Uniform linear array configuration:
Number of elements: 24
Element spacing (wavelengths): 0.25
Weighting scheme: hann
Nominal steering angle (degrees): -60
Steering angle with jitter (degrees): -61.096
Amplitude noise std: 0.05
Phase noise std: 0.05

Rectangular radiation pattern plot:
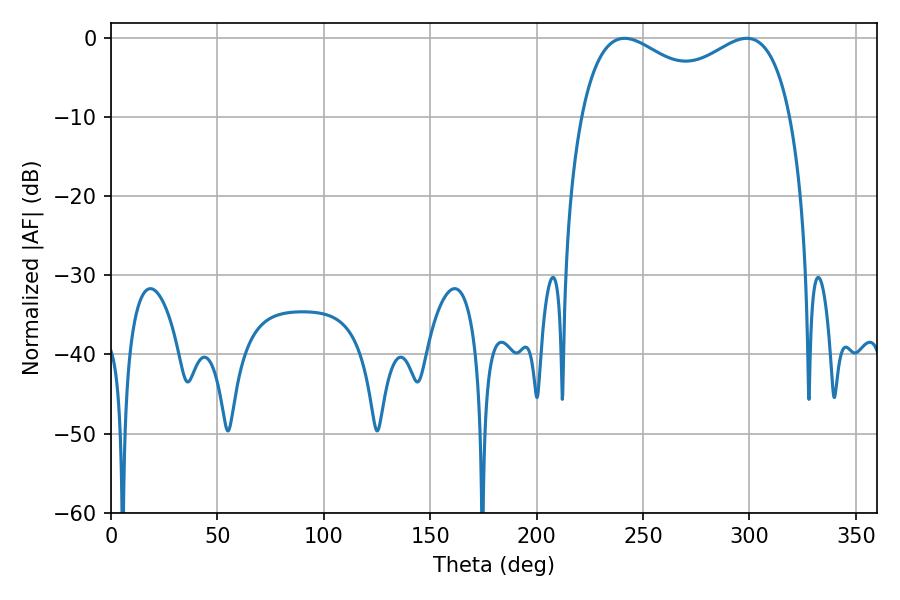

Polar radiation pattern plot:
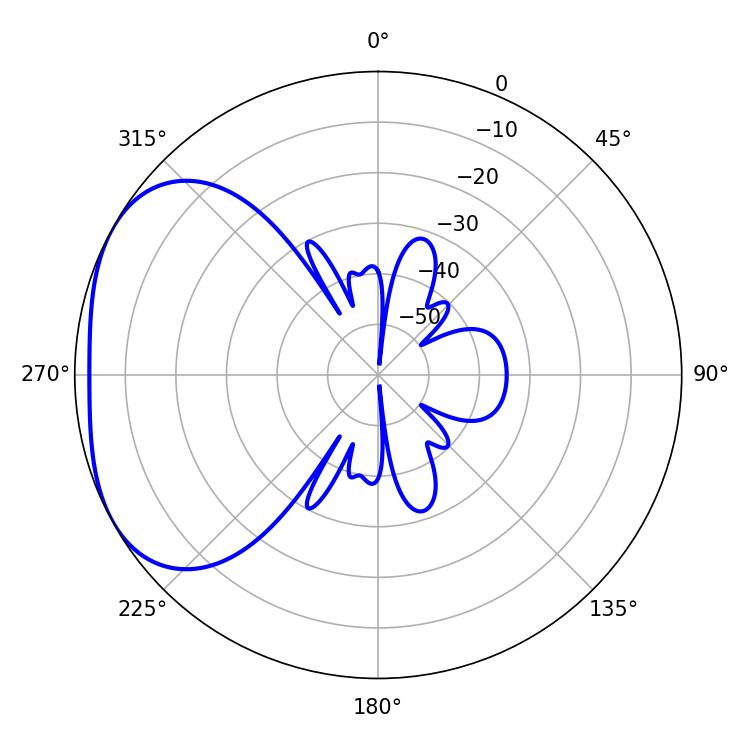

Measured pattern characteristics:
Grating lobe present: FALSE
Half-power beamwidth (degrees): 82.44
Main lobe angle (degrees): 241.2